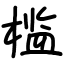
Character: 槛